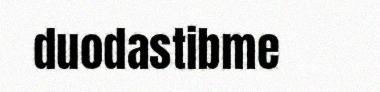
duodastibme